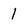
Character: l